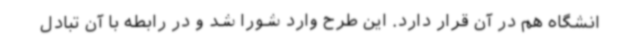
انشگاه هم در آن قرار دارد. این طرح وارد شورا شد و در رابطه با آن تبادل